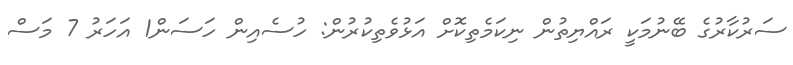
ސަރުކާރުގެ ބޭނުމަކީ ރައްޔިތުން ނިކަމެތިކޮށް އަޅުވެތިކުރުން: ހުސެއިން ހަސަން1 އަހަރު 7 މަސް